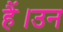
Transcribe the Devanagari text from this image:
हैं।उन